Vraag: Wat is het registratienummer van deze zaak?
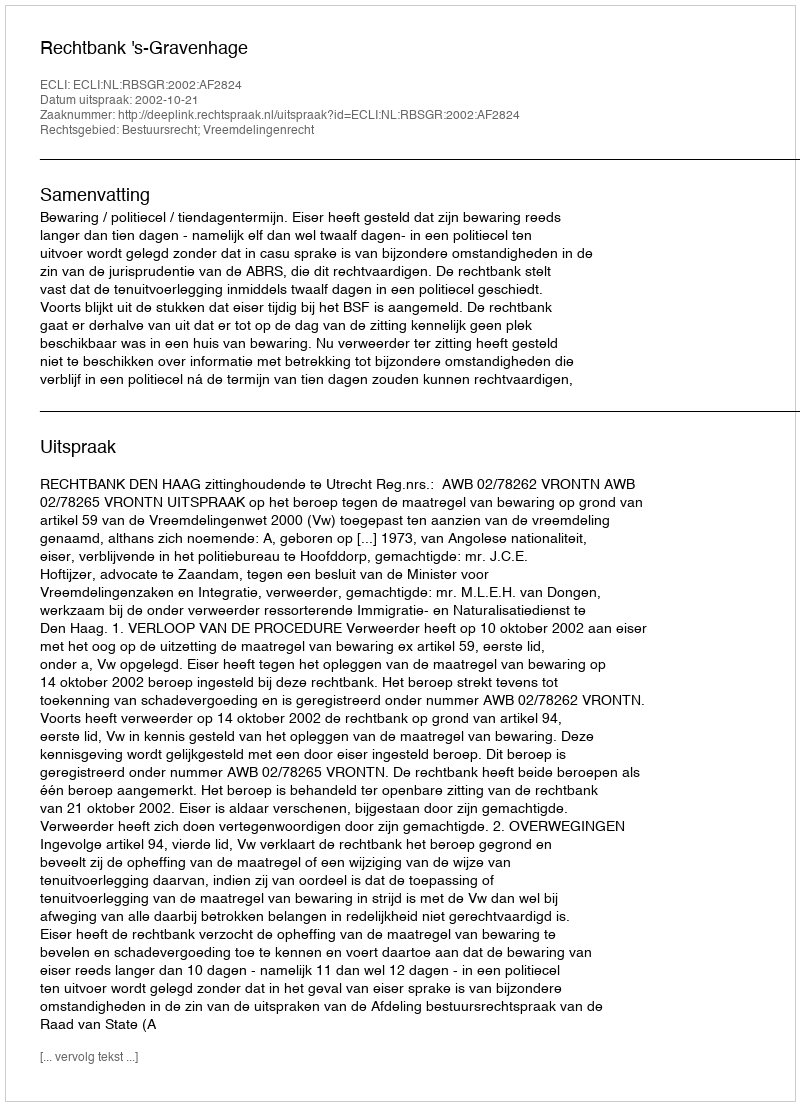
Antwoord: http://deeplink.rechtspraak.nl/uitspraak?id=ECLI:NL:RBSGR:2002:AF2824